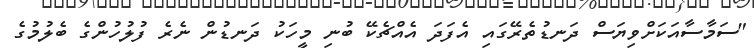
"ސަމާސާއަކަށްވިޔަސް ދަނޑުތެރޭގައި އެފަދަ އެއްޗެކޭ ބުނި މީހަކު ދަނޑުން ނެރެ ފުލުހުންގެ ބެލުމުގެ